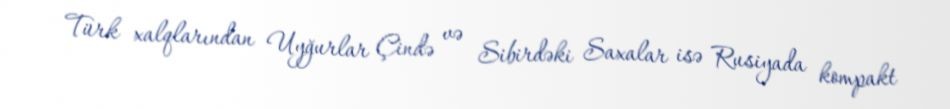
Türk xalqlarından Uyğurlar Çində və Sibirdəki Saxalar isə Rusiyada kompakt